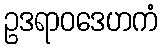
ဥဒရာဝဒေဟကံ